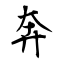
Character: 奔